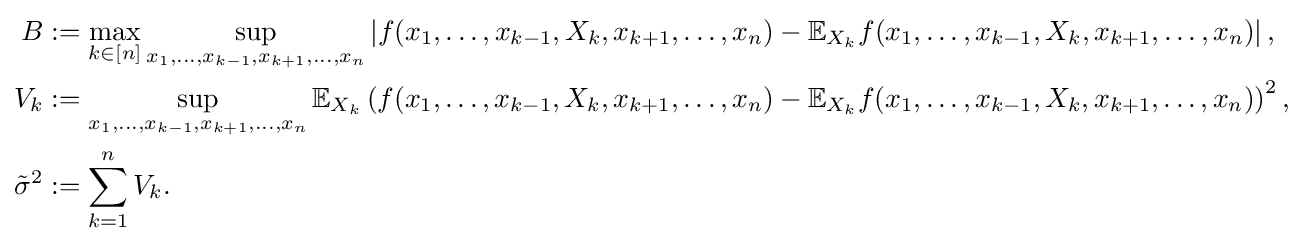
{\begin{aligned}B&:=\max _{k\in [n]}\sup _{x_{1},\dots ,x_{k-1},x_{k+1},\dots ,x_{n}}\left|f(x_{1},\dots ,x_{k-1},X_{k},x_{k+1},\dots ,x_{n})-\mathbb {E} _{X_{k}}f(x_{1},\dots ,x_{k-1},X_{k},x_{k+1},\dots ,x_{n})\right|,\\V_{k}&:=\sup _{x_{1},\dots ,x_{k-1},x_{k+1},\dots ,x_{n}}\mathbb {E} _{X_{k}}\left(f(x_{1},\dots ,x_{k-1},X_{k},x_{k+1},\dots ,x_{n})-\mathbb {E} _{X_{k}}f(x_{1},\dots ,x_{k-1},X_{k},x_{k+1},\dots ,x_{n})\right)^{2},\\{\tilde {\sigma }}^{2}&:=\sum _{k=1}^{n}V_{k}.\end{aligned}}